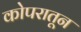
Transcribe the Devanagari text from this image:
कोपरातून